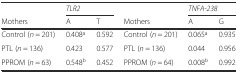
|  | <COLSPAN=2> TLR2 |  | <COLSPAN=2> TNFA-238 |
 | Mothers | A | T | Mothers | A | G |
 | --- | --- | --- | --- | --- | --- |
 | Control (n = 201) | 0.408a | 0.592 | Control (n = 201) | 0.065a | 0.935 |
 | PTL (n = 136) | 0.423 | 0.577 | PTL (n = 136) | 0.044 | 0.956 |
 | PPROM (n = 63) | 0.548b | 0.452 | PPROM (n = 64) | 0.008b | 0.992 |